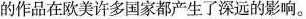
的作品在欧美许多国家都产生了深远的影响。